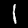
Label: 1